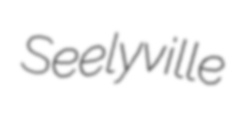
Seelyville